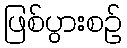
ဖြစ်ပွားစဉ်